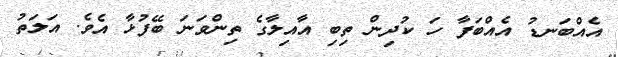
އެއްބަނޑު އެއްބަފާ ހަ ކުދިން ތިބި އާއިލާގެ ތިންވަނަ ބޭފުޅާ އެވެ. އަލަތު